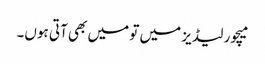
میچور لیڈیز میں تو میں بھی آتی ہوں۔